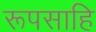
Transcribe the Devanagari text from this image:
रूपसाहि